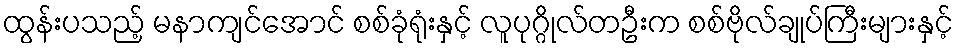
ထွန်းပသည့် မနာကျင်အောင် စစ်ခုံရုံးနှင့် လူပုဂ္ဂိုလ်တဦးက စစ်ဗိုလ်ချုပ်ကြီးများနှင့်